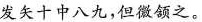
发矢十中八九，但微颔之。